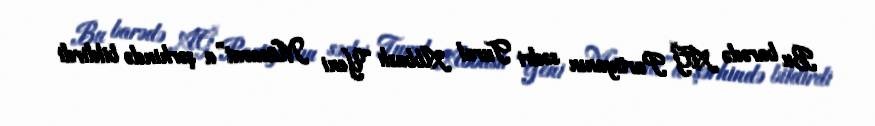
Bu barədə AĞ Partiyanın sədri Tural Abbaslı “Yeni Müsavat”a şərhində bildirdi